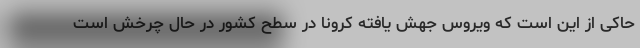
حاکی از این است که ویروس جهش یافته کرونا در سطح کشور در حال چرخش است